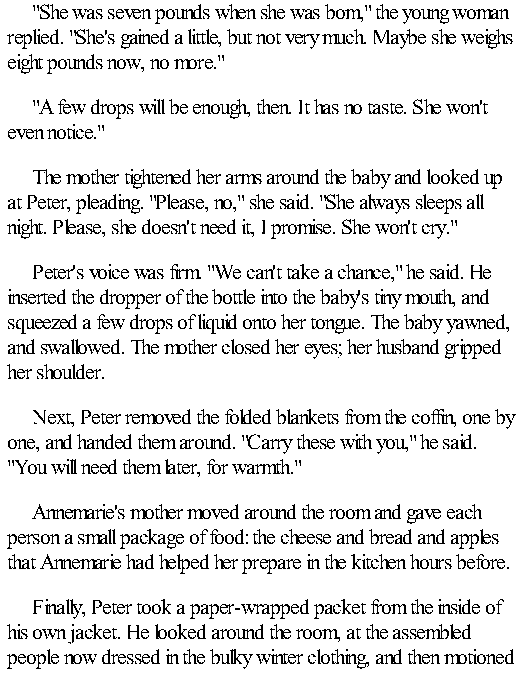
"She was seven pounds when she was bom," the young woman
 replied. "She's gained a little, but not very much. Maybe she weighs
 eight pounds now, no more."
 "A few drops will be enough, then. It has no taste. She won't
 even notice."
 The mother tightened her arms around the baby and looked up
 at Peter, pleading. "Please, no," she said. "She always sleeps all
 night. Please, she doesn't need it, I promise. She won't cry."
 Peter's voice was firm. "We can't take a chance," he said. He
 inserted the dropper of the bottle into the baby's tiny mouth, and
 squeezed a few drops of liquid onto her tongue. The baby yawned,
 and swallowed. The mother closed her eyes; her husband gripped
 her shoulder.
 Next, Peter removed the folded blankets from the coffin, one by
 one, and handed them around. "Carry these with you," he said.
 "You will need them later, for warmth."
 Annemarie's mother moved around the room and gave each
 person a small package of food: the cheese and bread and apples
 that Annemarie had helped her prepare in the kitchen hours before.
 Finally, Peter took a paper-wrapped packet from the inside of
 his own jacket. He looked around the room, at the assembled
 people now dressed in the bulky winter clothing, and then motioned